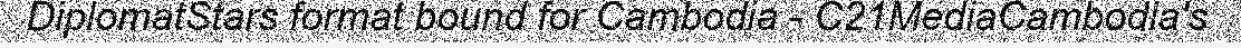
DiplomatStars format bound for Cambodia - C21MediaCambodia's